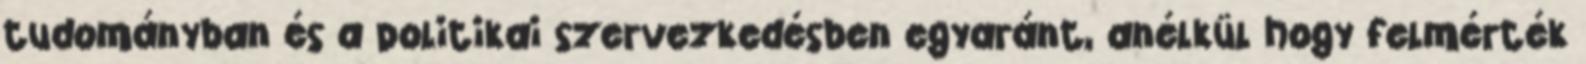
tudományban és a politikai szervezkedésben egyaránt, anélkül hogy felmérték